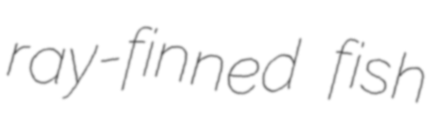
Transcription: ray-finned fish